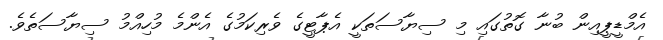
އެމްޑީޕީއިން ބުނާ ގޮތުގައި މި ސިޔާސަތަކީ އެޕާޓީގެ ވެރިކަމުގެ އެންމެ މުހިއްމު ސިޔާސަތެވެ.